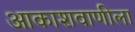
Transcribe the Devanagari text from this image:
आकाशवाणीला